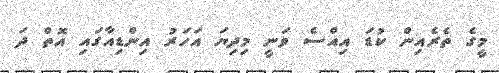
މީގެ ތެރެއިން ކުޑަ އިއްސެ ވަނީ މިދިޔަ އަހަރު އިންޑިއާގައި އޮތް ދަ